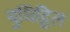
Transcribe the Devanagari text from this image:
युधिट्ठिल